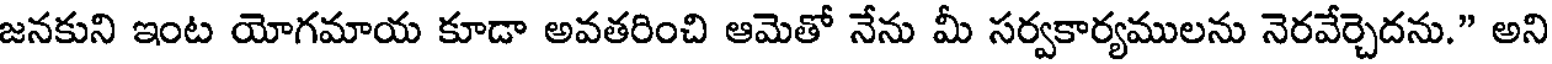
జనకుని ఇంట యోగమాయ కూడా అవతరించి ఆమెతో నేను మీ సర్వకార్యములను నెరవేర్చెదను." అని